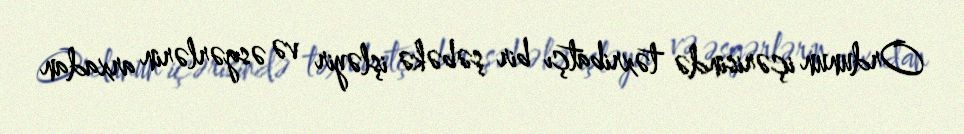
Ordunun içərisində təxribatçı bir şəbəkə işləyir və əsgərlərin arxadan